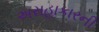
અસહાકારની